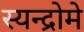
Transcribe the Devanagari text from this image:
स्यन्द्रोमे